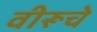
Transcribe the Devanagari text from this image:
वीरूचे